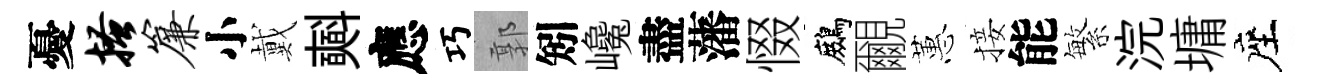
憂搔帘小戴𣂏應巧郭矧巉盡藩惙鷓覼蕙接能繁浣墉座